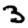
Digit: 3